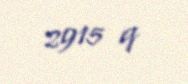
2915 q